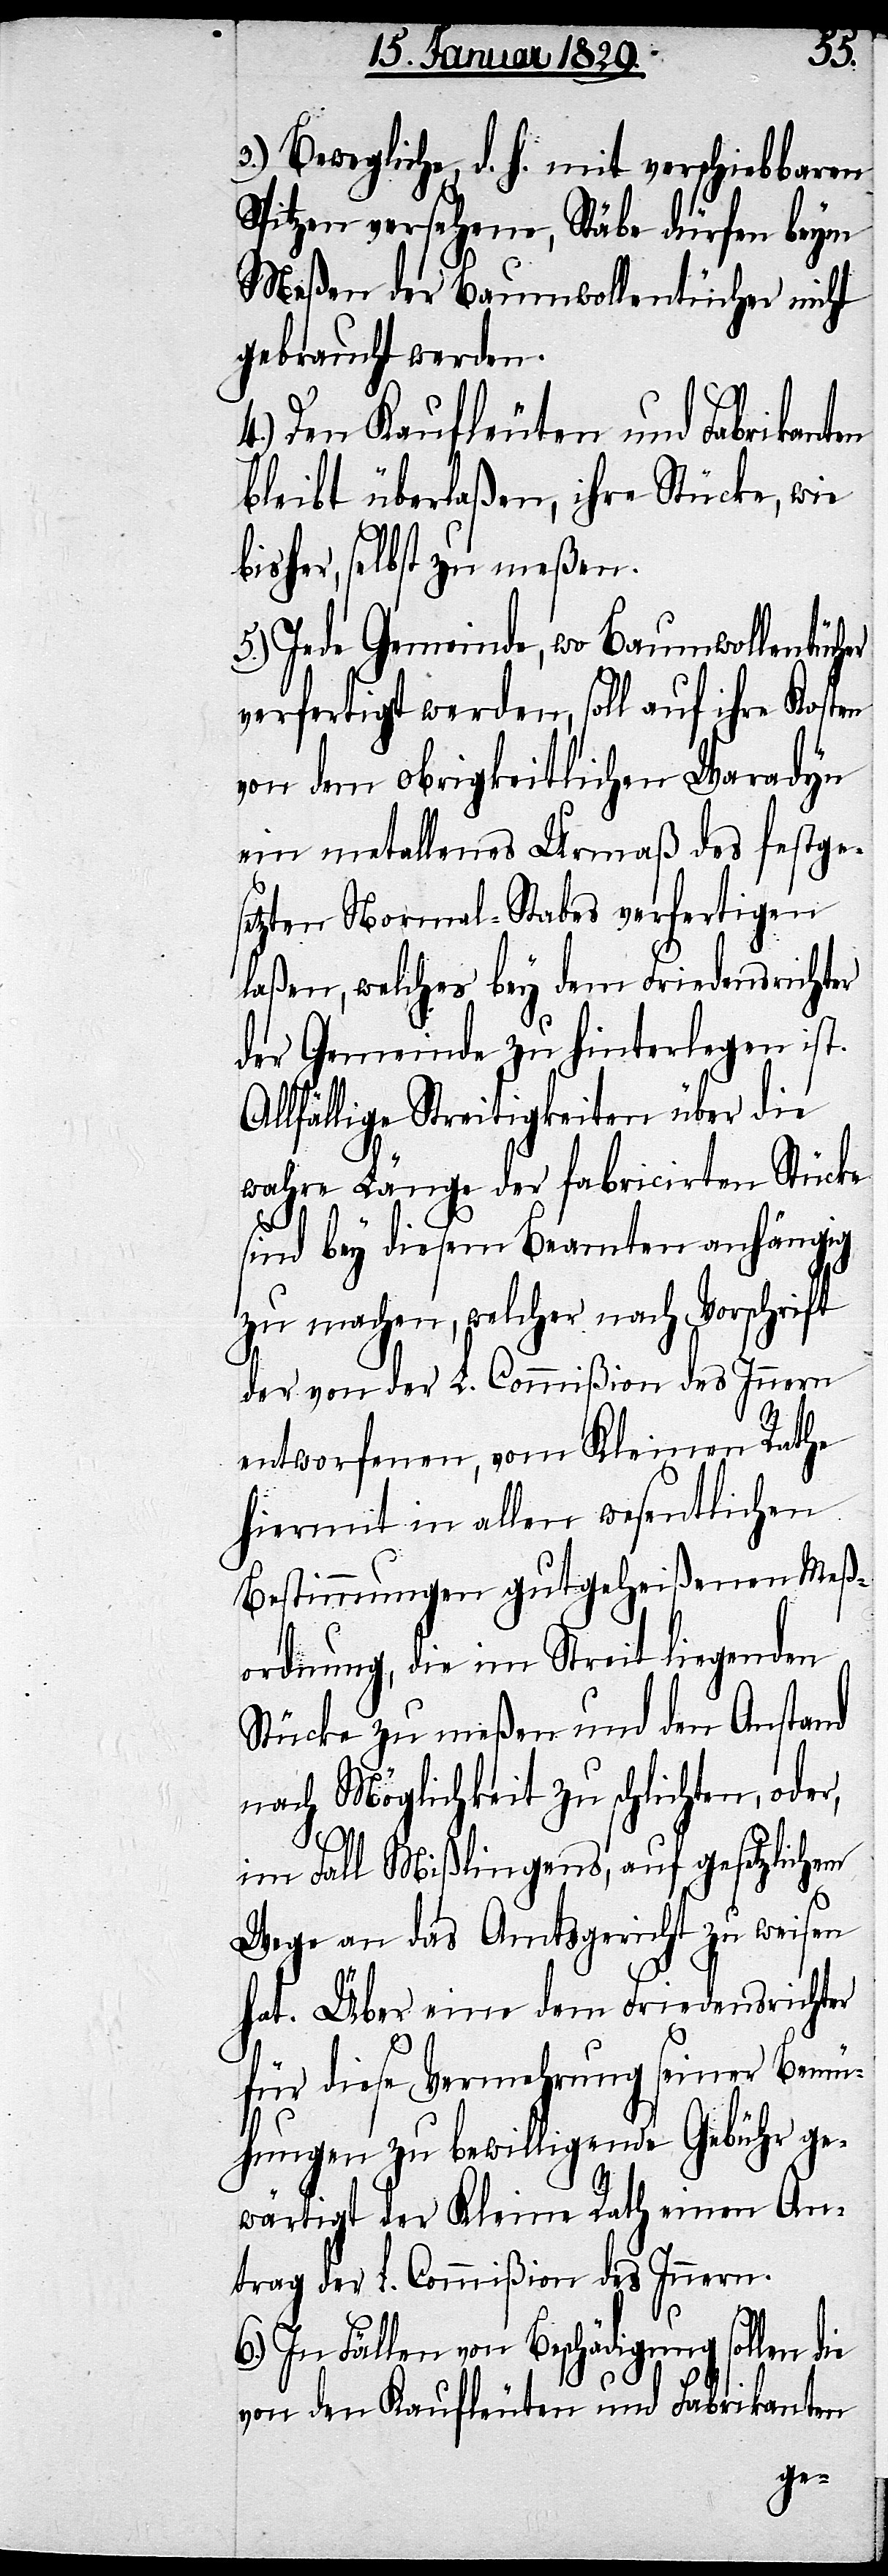
nden
3.) Bewegliche, d. h. mit verschiebbaren
Spitzen versehene, Stäbe dürfen beym
Meßen der Baumwollentücher nicht
gebraucht werden.
4.) Den Kaufleuten und Fabrikanten
bleibt überlaßen, ihre Stücke, wie
bisher, selbst zu meßen.
5.) Jede Gemeinde, wo Baumwollentüch¬
verfertigt werden, soll auf ihre Kosten
von dem obrigkeitlichen Waradyn
ein metallenes Urmaß des festges¬
etzten Normal-Stabes verfertigen
laßen, welches bey dem Friedensricht¬
der Gemeinde zu hinterlegen ist.
Allfällige Streitigkeiten über die
er,
wahre Länge der fabricirten Stücke
sind bey diesem Beamten anhängig
zu machen, welcher nach Vorschr¬
der von der L. Commißion des Innern
entworfenen, vom Kleinen Rathe
hiermit in allen wesentlichen
Bestimmungen gutgeheißenen
ordnung, die im Streit lie¬
Stücke zu meßen und den
nach Möglichkeit zu schlichten, od¬
im Fall Mißlingens, auf gesetzlichem
Wege an das Amtsgericht zu weisen
hat. Über eine dem Friedensrichter
für diese Vermehrung seiner Bemü¬
hungen zu bewilligende Gebühr ge¬
wärtigt der Kleine Rath einen An¬
trag der L. Commißion des Innern.
6.) In Fällen von Beschädigung sollen die
von den Kaufleuten und Fabrikanten
ge¬